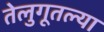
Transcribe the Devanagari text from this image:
तेलुगूतल्या